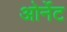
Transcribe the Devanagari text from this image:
ओर्नेट